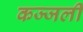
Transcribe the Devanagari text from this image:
कज्‍जली